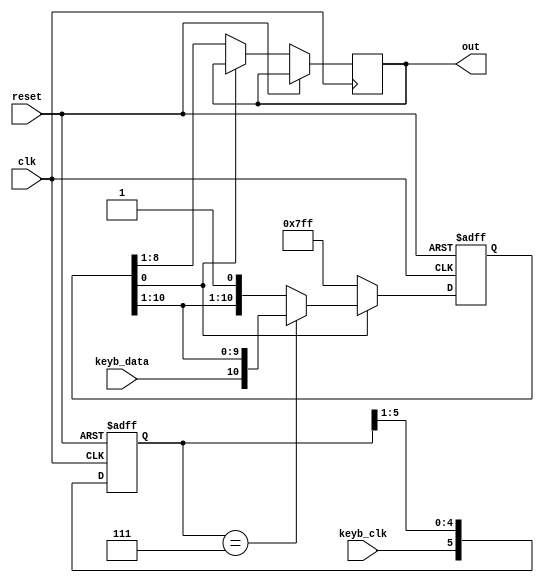
module keyboard_reader(out,clk,reset,keyb_clk,keyb_data);

    output reg [7:0] out;
    input clk,reset,keyb_data;
    input keyb_clk;


    reg [5:0] sample; 
    reg [10:0] data ;


    

    // register for sampling
    always @(posedge clk or posedge reset) begin
        if(reset)
            sample <= 6'b000000;
        else begin
            sample <= {keyb_clk,sample[5:1]};
        end
    end

    //register for saving the data from the keyboard
    always @(posedge clk or posedge reset) begin
        if(reset) 
            data <= 11'b1111_1111_111;
        else if(!data[0]) begin
            out <= data[8:1];
            data <= 11'b1111_1111_111;
        end
        else if(sample == 6'b000111) 
            data <= {keyb_data,data[10:1]};

    end

endmodule